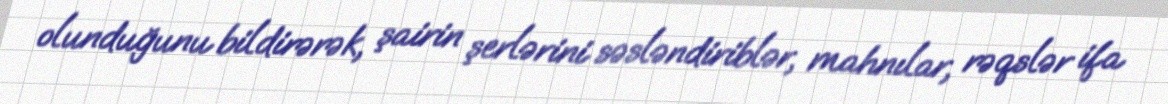
olunduğunu bildirərək, şairin şerlərini səsləndiriblər, mahnılar, rəqslər ifa